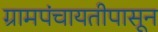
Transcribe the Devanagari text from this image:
ग्रामपंचायतीपासून